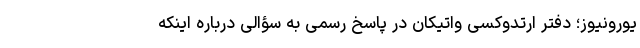
یورونیوز؛ دفتر ارتدوکسی واتیکان در پاسخ رسمی به سؤالی درباره اینکه